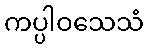
ကပ္ပါဝသေသံ